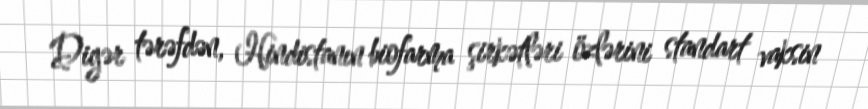
Digər tərəfdən, Hindistanın biofarma şirkətləri özlərini standart vaksin